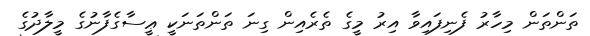
ތަންތަން މިހާރު ފެނިފައިވާ އިރު މީގެ ތެރެއިން ގިނަ ތަންތަނަކީ ޢީސާގެފާނުގެ މީލާދުގެ